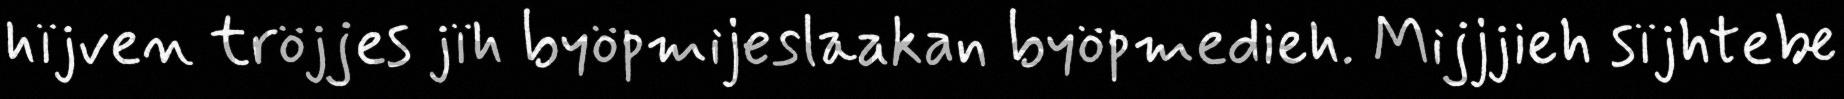
hïjven tröjjes jïh byöpmijeslaakan byöpmedieh. Mijjjieh sïjhtebe